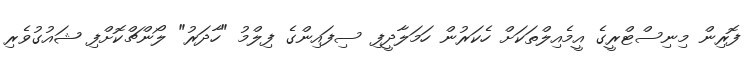
ފޮރިން މިނިސްޓްރީގެ އީމެއިލްތަކަށް ހެކަރުން ހަމަލާދީފި ސިފައިންގެ ފިލްމު "ހާދަރު" ލޯންޗްކޮށްފި ޝައުގުވެރި